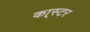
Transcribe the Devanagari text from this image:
का्स्‍टर